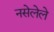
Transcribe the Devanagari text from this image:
नसेलेले